Report on vaccination in the Province of Bengal - 1874-1889
Year: 1874
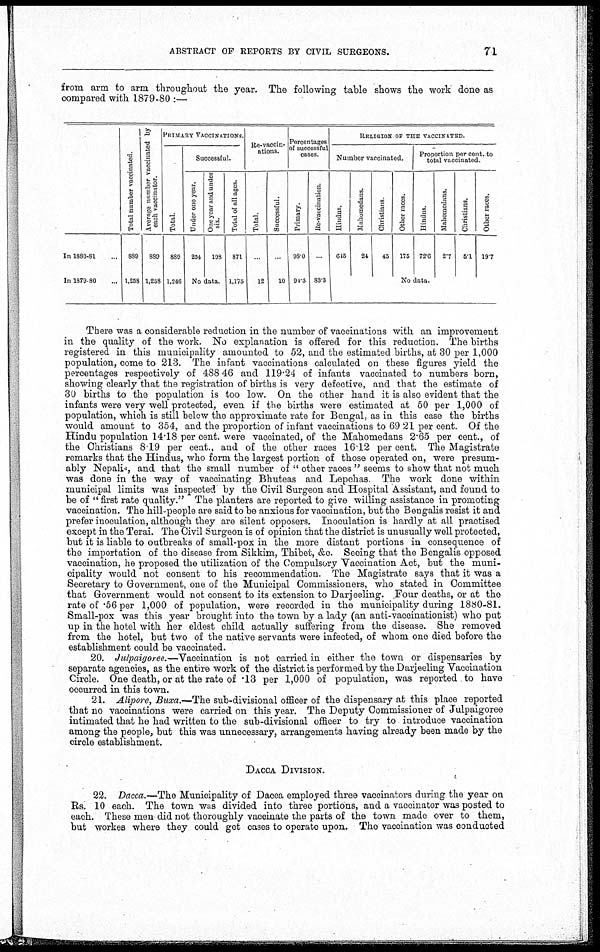
ABSTRACT OF REPORTS BY CIVIL SURGEONS.
71
from arm to arm throughout the year. The following table shows the work done as
compared with 1879-80 :—
In 1880-81...
In 1879-80...
Total number vaccinated.
889
1,258
Average number vaccinated by
each vaccinator.
889
1,258
PRIMARY VACCINATIONS.
Total.
889
1,246
Successful.
Under one year.
254
One year and under
six.
198
No data.
Total of all ages.
871
1,175
Re-vaccin-
ations.
Total.
...
12
Successful.
...
10
Percentages
of successful
cases.
Primary.
98.0
94.3
Re-vaccination.
...
83.3
RELIGION OF THE VACCINATED.
Number vaccinated.
Hindus.
645
Mahomedans.
24
Christians.
45
Other races.
175
Proportion per cent. to
total vaccinated.
Hindus.
72.6
Mahomedans.
2.7
Christians.
5.1
Other races.
19.7
No data.
There was a considerable reduction in the number of vaccinations with an improvement
in the quality of the work. No explanation is offered for this reduction. The births
registered in this municipality amounted to 52, and the estimated births, at 30 per 1,000
population, come to 213. The infant vaccinations calculated on these figures yield the
percentages respectively of 488 46 and 119.24 of infants vaccinated to numbers born,
showing clearly that the registration of births is very defective, and that the estimate of
30 births to the population is too low. On the other hand it is also evident that the
infants were very well protected, even if the births were estimated at 50 per 1,000 of
population, which is still below the approximate rate for Bengal, as in this case the births
would amount to 354, and the proportion of infant vaccinations to 69 21 per cent. Of the
Hindu population 14.18 per cent. were vaccinated, of the Mahomedans 2.65 per cent., of
the Christians 8.19 per cent., and of the other races 16.12 per cent. The Magistrate
remarks that the Hindus, who form the largest portion of those operated on, were presum-
ably Nepalis, and that the small number of " other races " seems to show that not much
was done in the way of vaccinating Bhuteas and Lepchas. The work done within
municipal limits was inspected by the Civil Surgeon and Hospital Assistant, and found to
be of " first rate quality." The planters are reported to give willing assistance in promoting
vaccination. The hill-people are said to be anxious for vaccination, but the Bengalis resist it and
prefer inoculation, although they are silent opposers. Inoculation is hardly at all practised
except in the Terai. The Civil Surgeon is of opinion that the district is unusually well protected,
but it is liable to outbreaks of small-pox in the more distant portions in consequence of
the importation of the disease from Sikkim, Thibet, &c. Seeing that the Bengalis opposed
vaccination, he proposed the utilization of the Compulsory Vaccination Act, but the muni-
cipality would not consent to his recommendation. The Magistrate says that it was a
Secretary to Government, one of the Municipal Commissioners, who stated in Committee
that Government would not consent to its extension to Darjeeling. Four deaths, or at the
rate of .56 per 1,000 of population, were recorded in the municipality during 1880-81.
Small-pox was this year brought into the town by a lady (an anti-vaccinationist) who put
up in the hotel with her eldest child actually suffering from the disease. She removed
from the hotel, but two of the native servants were infected, of whom one died before the
establishment could be vaccinated.
20. Julpaigoree.—Vaccination is not carried in either the town or dispensaries by
separate agencies, as the entire work of the district is performed by the Darjeeling Vaccination
Circle. One death, or at the rate of .13 per 1,000 of population, was reported to have
occurred in this town.
21. Alipore, Buxa.—The sub-divisional officer of the dispensary at this place reported
that no vaccinations were carried on this year. The Deputy Commissioner of Julpaigoree
intimated that he had written to the sub-divisional officer to try to introduce vaccination
among the people, but this was unnecessary, arrangements having already been made by the
circle establishment.
DACCA DIVISION.
22. Dacca.—The Municipality of Dacca employed three vaccinators during the year on
Rs. 10 each. The town was divided into three portions, and a vaccinator was posted to
each. These men did not thoroughly vaccinate the parts of the town made over to them,
but workes where they could get cases to operate upon. The vaccination was conducted